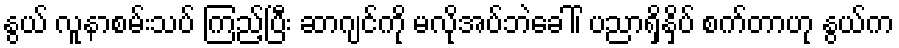
နွယ် လူနာစမ်းသပ် ကြည့်ပြီး ဆာဂျင်ကို မလိုအပ်ဘဲခေါ်၊ ပညာရှိနှိပ် စက်တာဟု နွယ်က